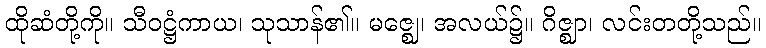
ထိုဆံတို့ကို။ သီဝဋ္ဌံကာယ၊ သုသာန်၏။ မဇ္ဈေ၊ အလယ်၌။ ဂိဇ္ဈာ၊ လင်းတတို့သည်။